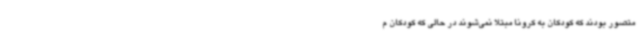
متصور بودند که کودکان به کرونا مبتلا نمی‌شوند در حالی که کودکان م